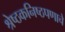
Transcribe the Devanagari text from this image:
श्रेष्ठकनिष्ठपणाचे